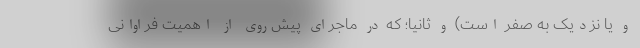
و یا نزدیک به صفر است) و ثانیاً؛ که در ماجرای پیش‌روی از اهمیت فراوانی